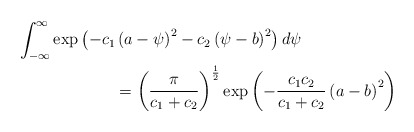
\begin{align*} &\int_{-\infty}^{\infty}\exp\left(-c_1\left(a-\psi\right)^2-c_2\left(\psi-b\right)^2\right)d\psi \\ &\quad\quad\quad\quad\quad\quad= \left(\frac{\pi}{c_1+c_2}\right)^{\frac{1}{2}}\exp\left(-\frac{c_1 c_2}{c_1 +c_2}\left(a-b\right)^2\right) \end{align*}